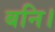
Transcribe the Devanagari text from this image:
बनि।